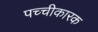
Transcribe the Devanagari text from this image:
पच्चीकारक